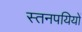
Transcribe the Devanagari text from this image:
स्तनपयियों